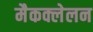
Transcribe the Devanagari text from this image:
मैकक्लेलन